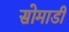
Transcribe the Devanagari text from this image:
सोमाडी